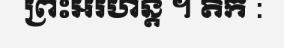
ព្រះអរហន្ត ។ តិក :